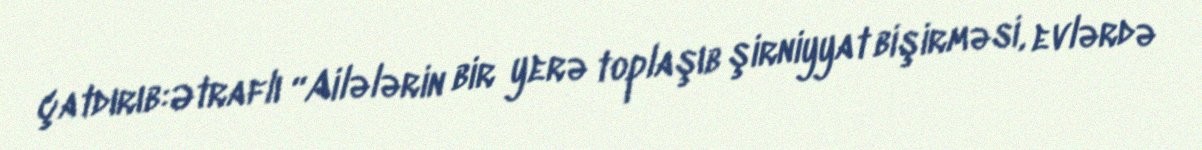
çatdırıb:Ətraflı “Ailələrin bir yerə toplaşıb şirniyyat bişirməsi, evlərdə